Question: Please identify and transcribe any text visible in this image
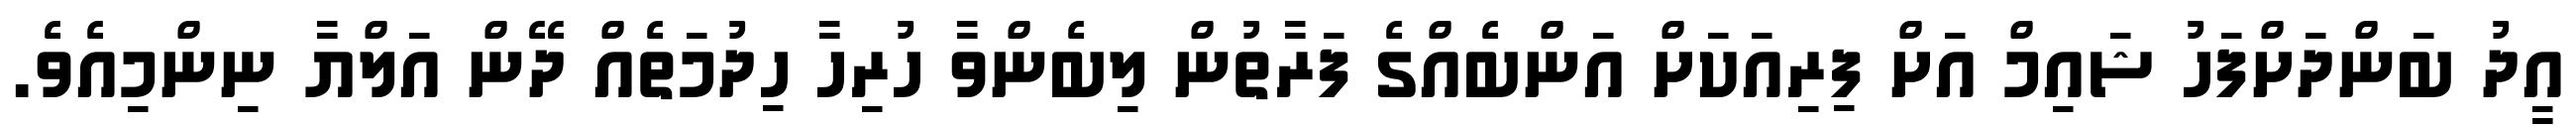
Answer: އީދު ބަންދަށްފަހު ޝައިމް އަށް ފިރިއަކަށް އަންބެއްގެ ފަރާތުން ލިބެންވާ ހުރިހާ ހިދުމަތެއް ދޭން އަލްޔާ ނިންމިއެވެ.